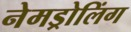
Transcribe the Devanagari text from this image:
नेमड्रोलिंग